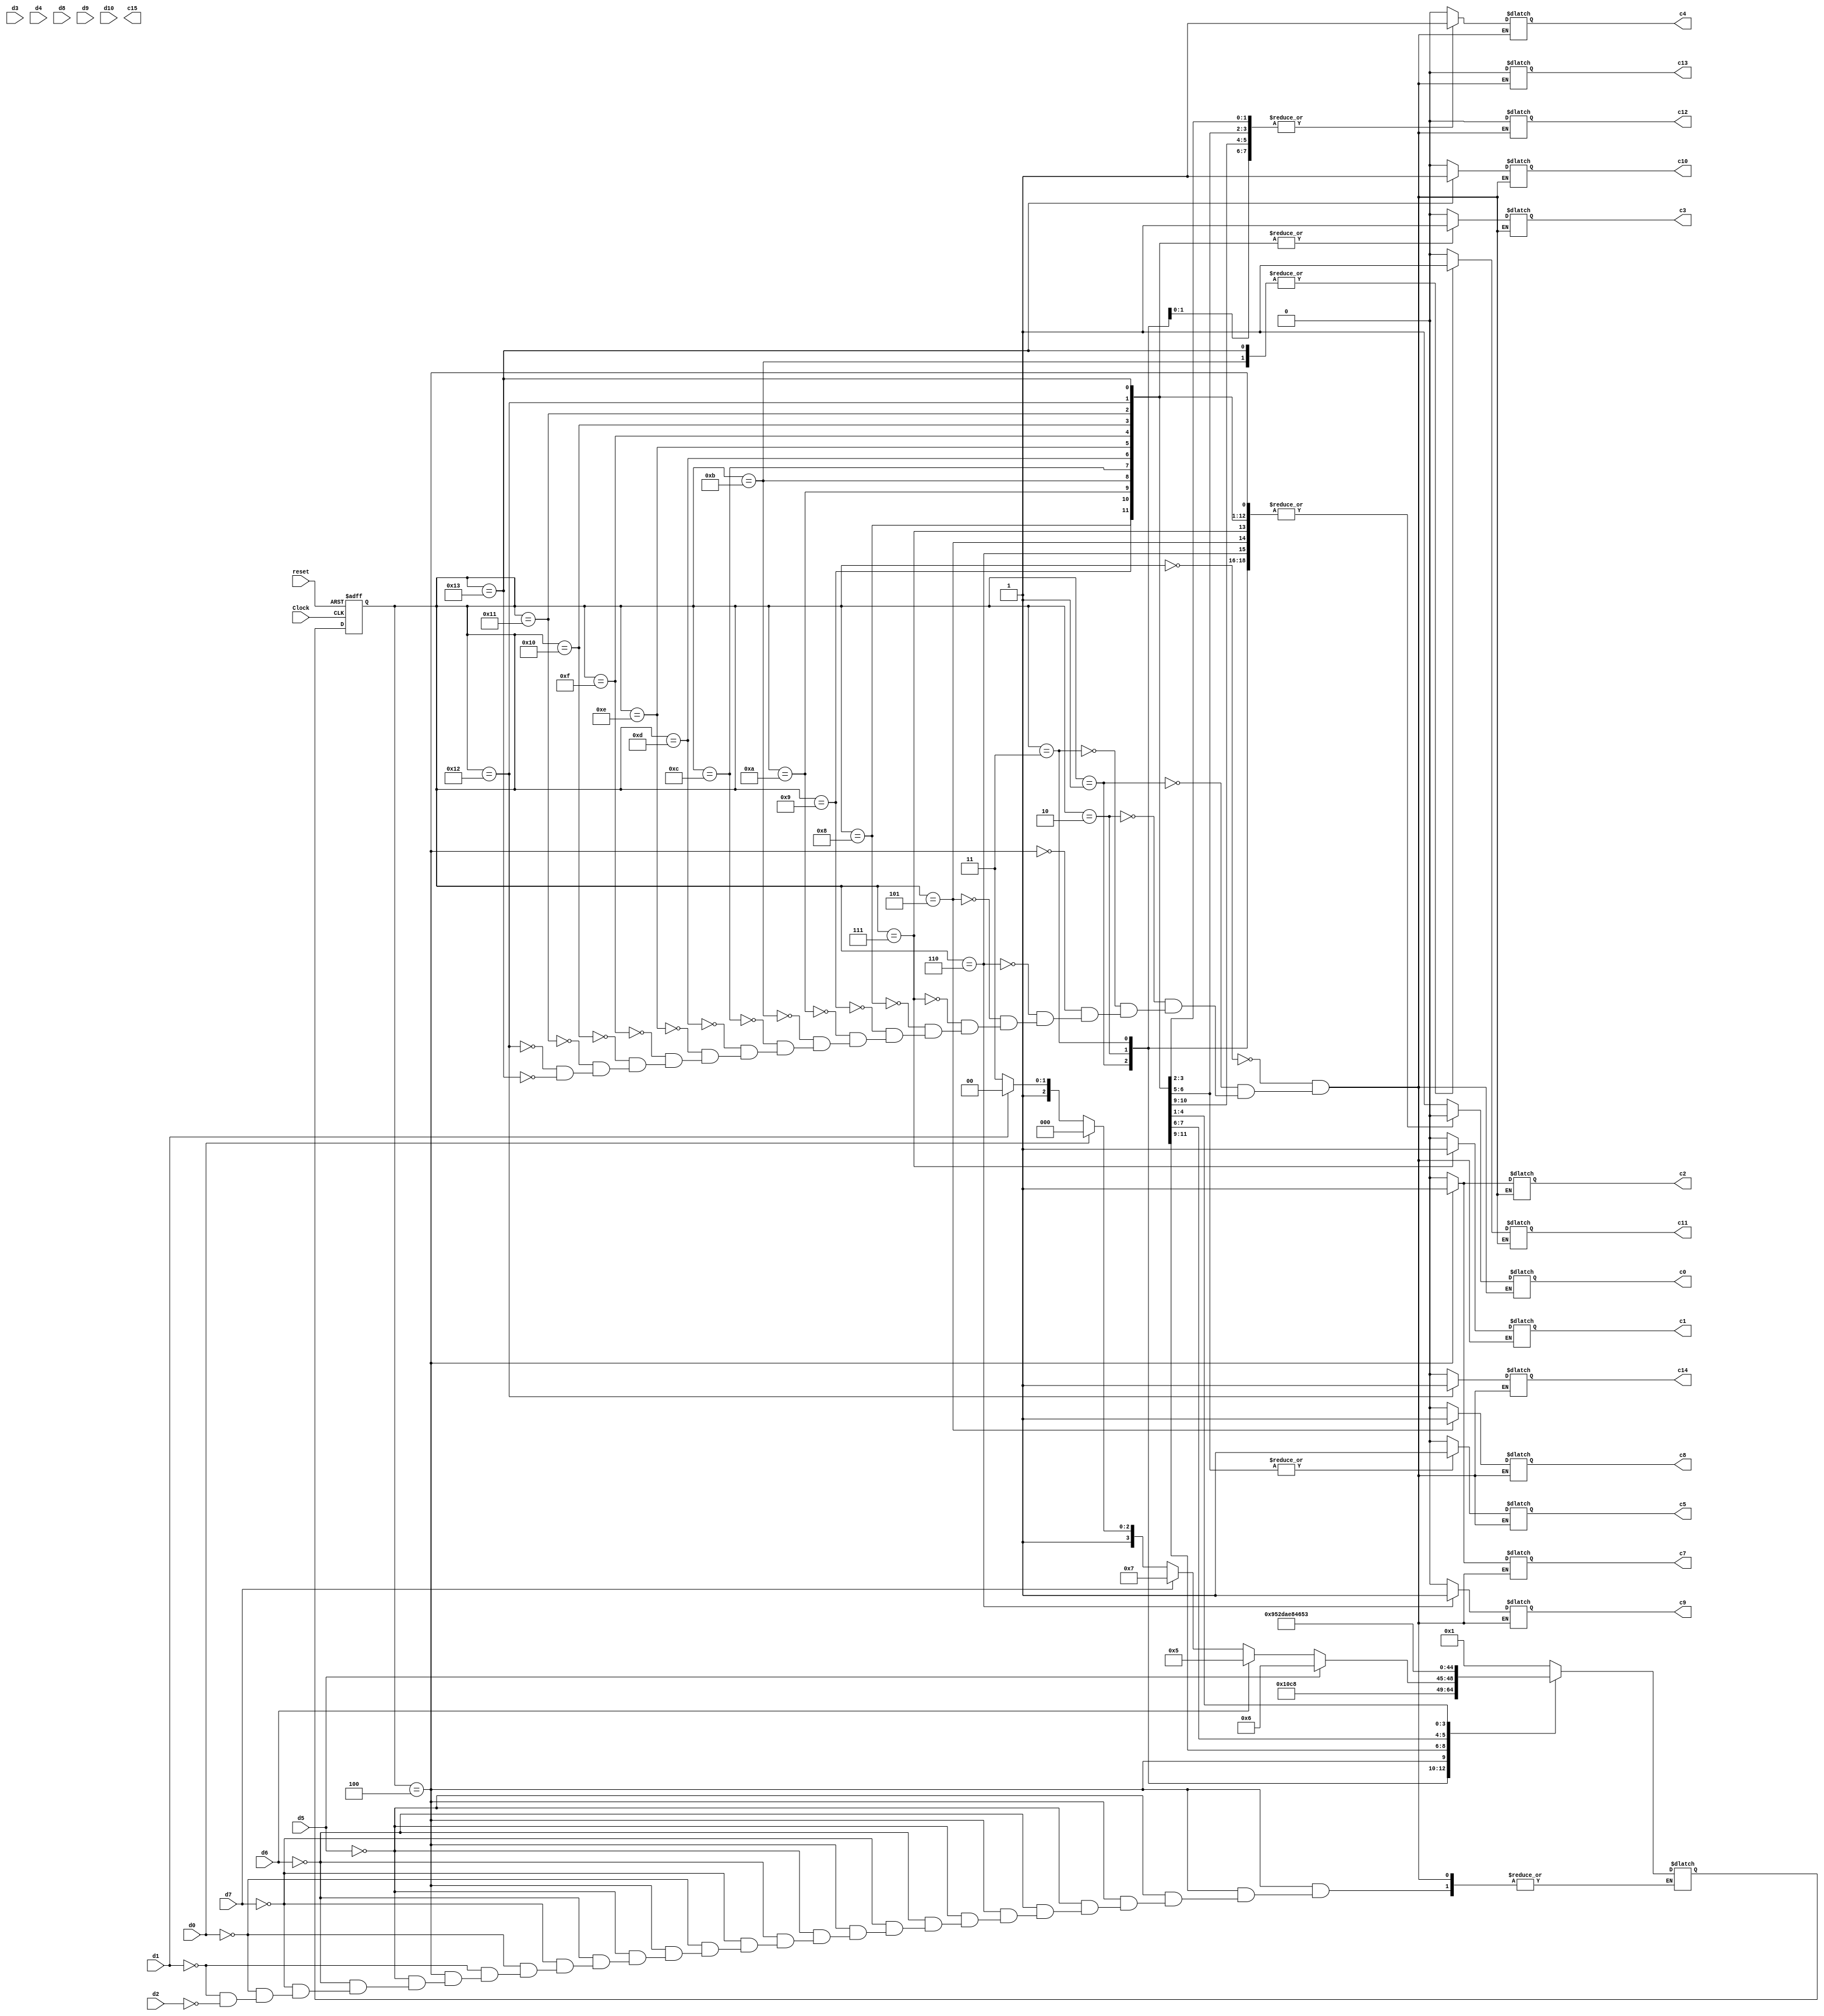
module controller2 (Clock,reset,d0,d1,d2,d3,d4,d5,d6,d7,d8,d9,d10,c0,c1,c2,c3,c4,c5,c7,c8,c9,c10,c11,c12,c13,c14,c15);
	input Clock,reset,d0,d1,d2,d3,d4,d5,d6,d7,d8,d9,d10;
	output reg c0,c1,c2,c3,c4,c5,c7,c8,c9,c10,c11,c12,c13,c14,c15;
	reg[4:0] state,nextstate;
	parameter A=5'b0, B=5'b1, C=5'b10, D=5'b11, E=5'b100, F=5'b110, G=5'b101, H=5'b111, I=5'b1000, I1=5'b1001, I2= 5'b1010, I3=5'b1011, J1=5'b1100,
	J2=5'b1101, J3=5'b1110, K1=5'b1111, K2=5'b10000, K3=5'b10001, K4=5'b10010, K5=5'b10011;
	always @ (posedge Clock, negedge reset)
		if (reset ==1'b0) state <= A;
			else state <= nextstate;
	always @ (state)
		case(state)
			A: begin nextstate = B;c0=1'b1;c1=1'b0;c2=1'b0;c3=1'b0;c4=1'b0;c5=1'b0;c7=1'b0;c8=1'b0;c9=1'b0;c10=1'b0;c11=1'b0;c12=1'b0;c13=1'b0;c14=1'b0;end
			B: begin nextstate = C;c0=1'b0;c1=1'b0;c2=1'b0;c3=1'b0;c4=1'b0;c5=1'b0;c7=1'b0;c8=1'b0;c9=1'b0;c10=1'b0;c11=1'b0;c12=1'b0;c13=1'b0;c14=1'b0;end
			C: begin nextstate = D;c0=1'b0;c1=1'b0;c2=1'b0;c3=1'b0;c4=1'b1;c5=1'b0;c7=1'b0;c8=1'b0;c9=1'b0;c10=1'b0;c11=1'b0;c12=1'b0;c13=1'b0;c14=1'b0;end
			D: begin nextstate = E;c0=1'b0;c1=1'b0;c2=1'b0;c3=1'b0;c4=1'b1;c5=1'b0;c7=1'b0;c8=1'b0;c9=1'b0;c10=1'b0;c11=1'b0;c12=1'b0;c13=1'b0;c14=1'b0;end
			E: begin if(d5 == 1'b1) nextstate =F; //INC
							else if(d6 ==1'b1) nextstate =G; //CLR
							else if(d7 ==1'b1) nextstate =H; //JMP
							else if (d0==1'b1) nextstate = I; //LDAs
							else if (d1==1'b1) nextstate=J1; //STAs
							else if (d2==1'b1) nextstate=K1;//ADDs
						c0=1'b0;c1=1'b0;c2=1'b1;c3=1'b0;c4=1'b0;c5=1'b0;c7=1'b1;c8=1'b0;c9=1'b0;c10=1'b0;c11=1'b0;c12=1'b0;c13=1'b0;c14=1'b0;end
			
			
			F: begin nextstate = B;	 c0=1'b0;c1=1'b0;c2=1'b0;c3=1'b0;c4=1'b0;c5=1'b0;c7=1'b0;c8=1'b0;c9=1'b1;c10=1'b0;c11=1'b0;c12=1'b0;c13=1'b0;c14=1'b0;end
			G: begin nextstate = B;	 c0=1'b0;c1=1'b0;c2=1'b0;c3=1'b0;c4=1'b0;c5=1'b0;c7=1'b0;c8=1'b1;c9=1'b0;c10=1'b0;c11=1'b0;c12=1'b0;c13=1'b0;c14=1'b0;end
			H: begin nextstate = B;	 c0=1'b0;c1=1'b1;c2=1'b0;c3=1'b0;c4=1'b0;c5=1'b0;c7=1'b0;c8=1'b0;c9=1'b0;c10=1'b0;c11=1'b0;c12=1'b0;c13=1'b0;c14=1'b0;end
			
			//LDA 
			I: begin nextstate = I1;  c0=1'b0;c1=1'b0;c2=1'b0;c3=1'b1;c4=1'b0;c5=1'b0;c7=1'b0;c8=1'b0;c9=1'b0;c10=1'b0;c11=1'b0;c12=1'b0;c13=1'b0;c14=1'b0;end
			I1: begin nextstate = I2; c0=1'b0;c1=1'b0;c2=1'b0;c3=1'b1;c4=1'b1;c5=1'b0;c7=1'b0;c8=1'b0;c9=1'b0;c10=1'b0;c11=1'b0;c12=1'b0;c13=1'b0;c14=1'b0;end // LDAs
			I2: begin nextstate = I3; c0=1'b0;c1=1'b0;c2=1'b0;c3=1'b1;c4=1'b1;c5=1'b0;c7=1'b0;c8=1'b0;c9=1'b0;c10=1'b0;c11=1'b0;c12=1'b0;c13=1'b0;c14=1'b0;end
			I3: begin nextstate = B;  c0=1'b0;c1=1'b0;c2=1'b0;c3=1'b1;c4=1'b0;c5=1'b0;c7=1'b0;c8=1'b0;c9=1'b0;c10=1'b0;c11=1'b1;c12=1'b0;c13=1'b0;c14=1'b0;end
			
			//STA
			J1: begin nextstate = J2; c0=1'b0;c1=1'b0;c2=1'b0;c3=1'b1;c4=1'b0;c5=1'b0;c7=1'b0;c8=1'b0;c9=1'b0;c10=1'b0;c11=1'b0;c12=1'b0;c13=1'b0;c14=1'b0;end // STAs
			J2: begin nextstate = J3; c0=1'b0;c1=1'b0;c2=1'b0;c3=1'b1;c4=1'b1;c5=1'b1;c7=1'b0;c8=1'b0;c9=1'b0;c10=1'b0;c11=1'b0;c12=1'b0;c13=1'b0;c14=1'b0;end // STAs
			J3: begin nextstate = B;  c0=1'b0;c1=1'b0;c2=1'b0;c3=1'b1;c4=1'b1;c5=1'b1;c7=1'b0;c8=1'b0;c9=1'b0;c10=1'b0;c11=1'b0;c12=1'b0;c13=1'b0;c14=1'b0;end // STAs
			
			
			//ADD
			K1: begin nextstate = K2; c0=1'b0;c1=1'b0;c2=1'b0;c3=1'b1;c4=1'b0;c5=1'b0;c7=1'b0;c8=1'b0;c9=1'b0;c10=1'b0;c11=1'b0;c12=1'b0;c13=1'b0;c14=1'b0;end // ADDs
			K2: begin nextstate = K3; c0=1'b0;c1=1'b0;c2=1'b0;c3=1'b1;c4=1'b1;c5=1'b0;c7=1'b0;c8=1'b0;c9=1'b0;c10=1'b0;c11=1'b0;c12=1'b0;c13=1'b0;c14=1'b0;end // ADDs
			K3: begin nextstate = K4; c0=1'b0;c1=1'b0;c2=1'b0;c3=1'b1;c4=1'b1;c5=1'b0;c7=1'b0;c8=1'b0;c9=1'b0;c10=1'b0;c11=1'b0;c12=1'b0;c13=1'b0;c14=1'b0;end // ADDs
			K4: begin nextstate = K5; c0=1'b0;c1=1'b0;c2=1'b0;c3=1'b1;c4=1'b0;c5=1'b0;c7=1'b0;c8=1'b0;c9=1'b0;c10=1'b0;c11=1'b0;c12=1'b0;c13=1'b0;c14=1'b1;end // ADDs
			K5: begin nextstate = B;  c0=1'b0;c1=1'b0;c2=1'b0;c3=1'b1;c4=1'b0;c5=1'b0;c7=1'b0;c8=1'b0;c9=1'b0;c10=1'b1;c11=1'b1;c12=1'b0;c13=1'b0;c14=1'b0;end // ADDs
			
			//default: begin nextstate=A; c0=1'b1;c1=1'b0;c2=1'b0;c3=1'b0;c4=1'b0;c5=1'b0;c7=1'b0;c8=1'b0;c9=1'b0;c10=1'b0;c11=1'b0;c12=1'b0;c13=1'b0;c14=1'b0;end
			
		endcase
endmodule